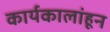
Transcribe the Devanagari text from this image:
कार्यकालांहून